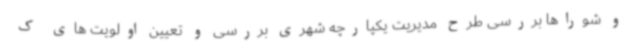
و شوراها بررسی طرح مدیریت یکپارچه شهری بررسی و تعیین اولویت های ک